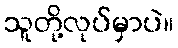
သူတို့လုပ်မှာပဲ။